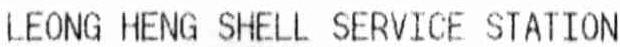
LEONG HENG SHELL SERVICE STATION